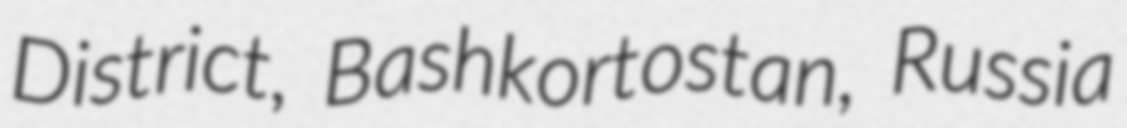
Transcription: District, Bashkortostan, Russia